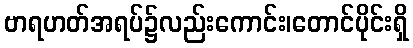
ဗာရဟတ်အရပ်၌လည်းကောင်း၊တောင်ပိုင်းရှိ